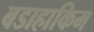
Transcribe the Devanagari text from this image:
बडाहाकिम